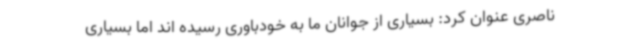
ناصری عنوان کرد: بسیاری از جوانان ما به خودباوری رسیده اند اما بسیاری